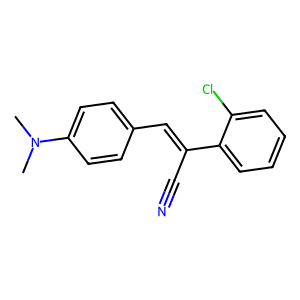
SMILES: CN(C)c1ccc(C=C(C#N)c2ccccc2Cl)cc1
Inhibits HIV replication: Yes